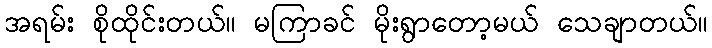
အရမ်း စိုထိုင်းတယ်။ မကြာခင် မိုးရွာတော့မယ် သေချာတယ်။